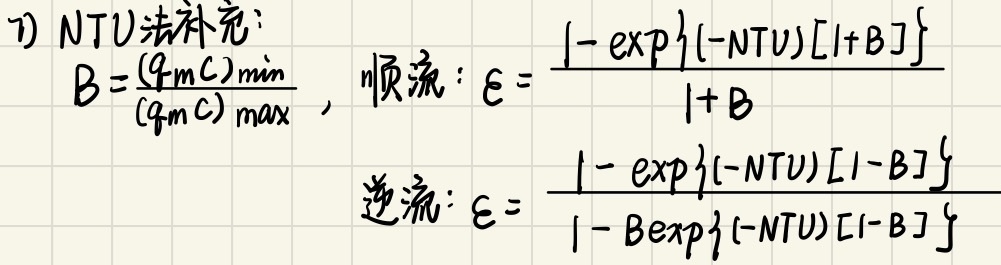
7) NTU法补充：
\(B=\frac{(q_mC)_{\min}}{(q_mC)_{\max}}\)， 顺流：\(\varepsilon = \frac{1 - \exp\{(-NTU)[1 + B]\}}{1 + B}\)
逆流：\(\varepsilon = \frac{1 - \exp\{(-NTU)[1 - B]\}}{1 - B\exp\{(-NTU)[1 - B]\}}\)